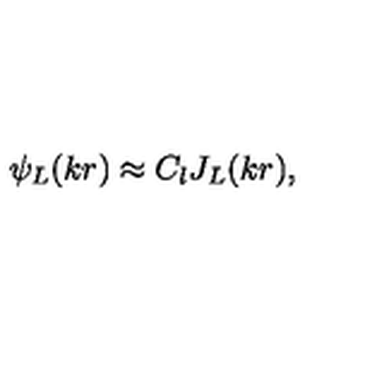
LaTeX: \psi _ { L } ( k r ) \approx C _ { l } J _ { L } ( k r ) ,